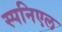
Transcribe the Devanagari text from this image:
स्पनिएल